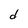
Character: d